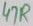
Text: 47R